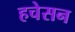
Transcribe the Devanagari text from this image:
हचेसन